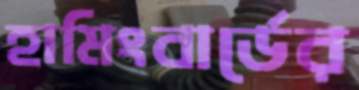
হামিংবার্ডের